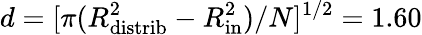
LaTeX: d=[\pi(R_{\mathrm{distrib}}^{2}-R_{\mathrm{in}}^{2})/N]^{1/2}=1.60